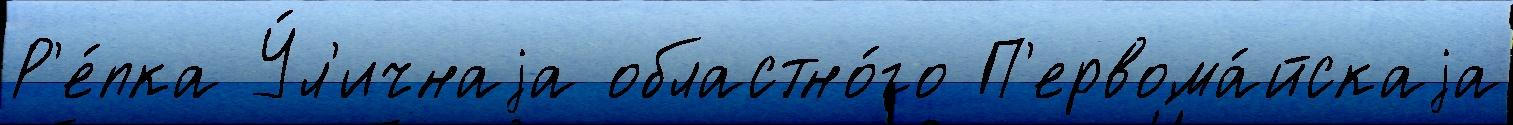
Р'е́пка У́л'ичнаjа областно́го П'ервома́йскаjа